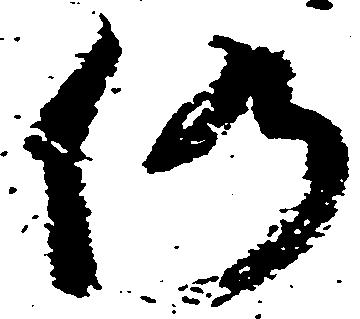
仍